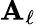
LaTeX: \mathbf{A}_{\ell}